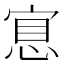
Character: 𢜇